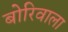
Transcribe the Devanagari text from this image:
बोरिवाला